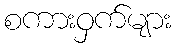
စကားဝှက်များ